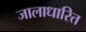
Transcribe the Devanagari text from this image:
जालाधारित